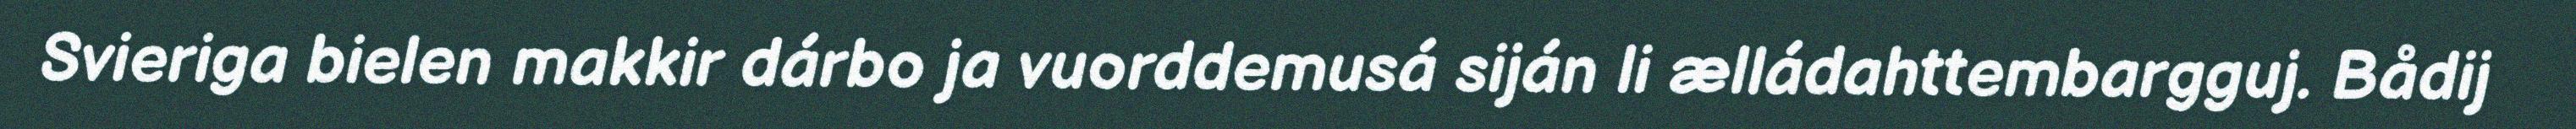
Svieriga bielen makkir dárbo ja vuorddemusá siján li ælládahttembargguj. Bådij